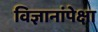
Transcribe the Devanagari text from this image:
विज्ञानांपेक्षा